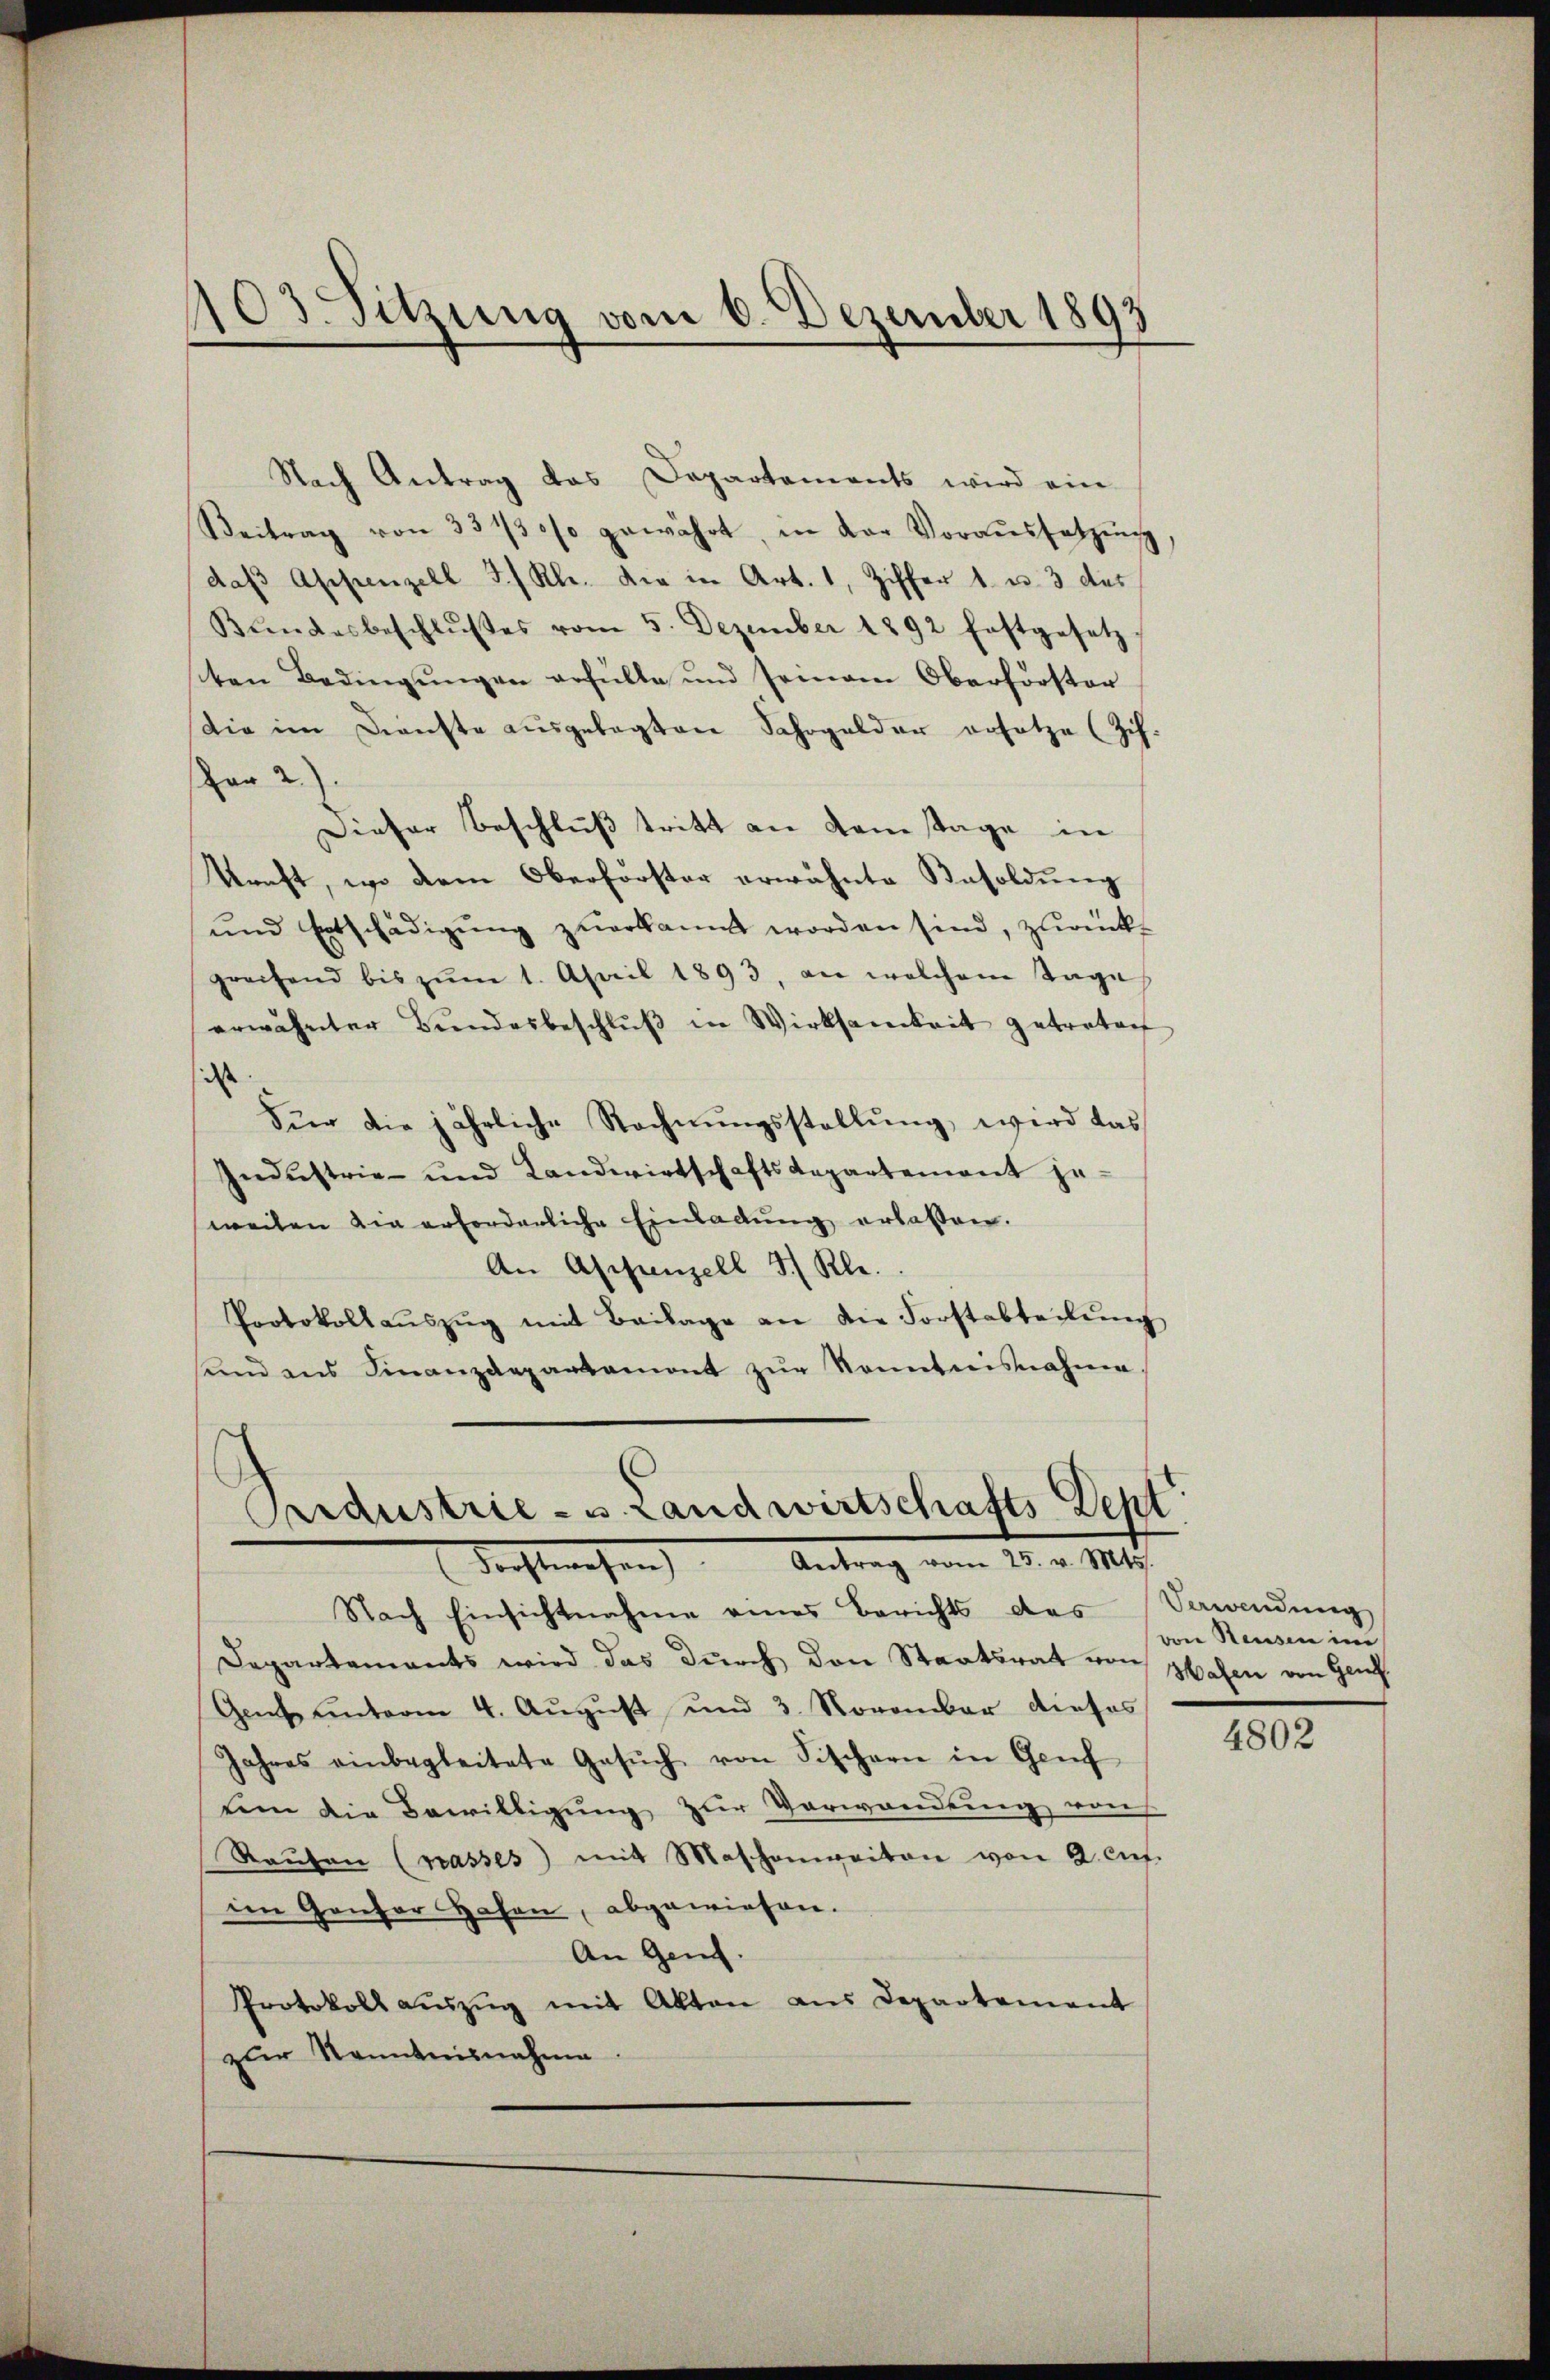
103. Sitzung vom 6. Dezember 1893

Nach Antrag das Departaments wird ein
Beitrag von 33130% gewährt, in der Voraŭssetzŭng
das Appenzell 5./ Kl. die in Art. 1, Ziffer 1. u. 3 des
Bŭndesbeschlŭsses vom 5. Dezember 1892 festgesetz
cten Bedingŭngen erfülle und seinem Oberförster
die im Dienste aŭsgelegten Sahrgelder ersetze (Zih.
Par 2).
Dieser Beschluß tritt an Samstage in
Kunft, wo dem Oberförster erwähnte Besoldung
und Entschädigung zuerkannt worden sind, zurück-
greifend bis zŭm 1. April 1893, an welchem Tage
erwähnter Bŭndesbeschlŭβ in Wirksamkeit getreten
d
Für die jährliche Rechnŭngsstellŭng, wird das
Industrie- und Landwirtschaftsdepartement je-
weilen die erforderliche Einladung erlassen.
An Appenzell I. Kle
Protokollaŭszŭg mit Beilage an die Forstabteilŭng
send ans Finanzdepartamont zŭr Kenntnisnahme

Pridustrie - u. Landwirtschafts Dept
Rechtswesen) Antrag vom 25. v. Mts.

Nach Einsichtnahme eines Berichts des Verandŭng
Departements wird das durch den Staatsrat von Hafen von Genf.
Gent unterm 4. August und 3. November dieses
Jahres einbegleitete Gesŭch von Fischern in Genf
tem die Bewilligung zur Verwendung von
Raŭfen (passes) mit Maschenweiten von 2. auf.
i Gonfor Hafen, abgewiesen.
An Gen.
Protokoll aŭszŭg mit Akten aus Departement
zur Kenntnisnahme

von Reusen im

4802